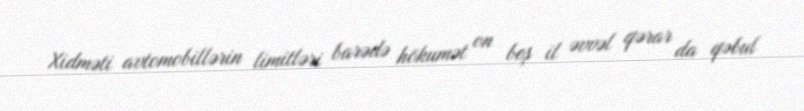
Xidməti avtomobillərin limitləri barədə hökumət on beş il əvvəl qərar da qəbul